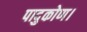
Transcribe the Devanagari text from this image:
पादुकोण।